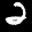
Label: 2